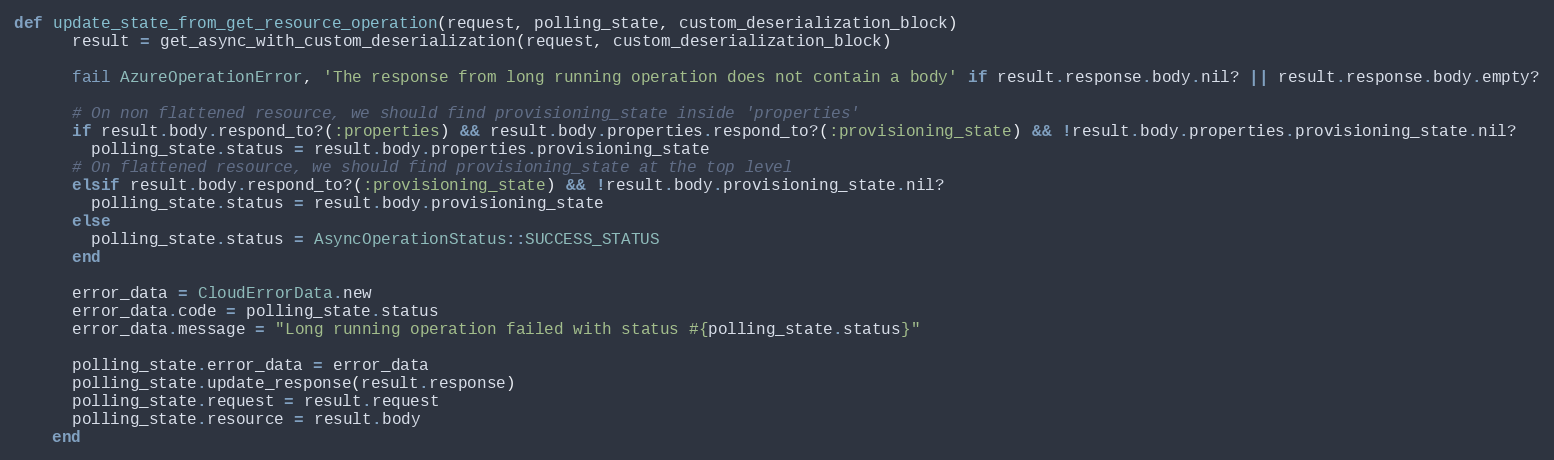
Language: Ruby
def update_state_from_get_resource_operation(request, polling_state, custom_deserialization_block)
      result = get_async_with_custom_deserialization(request, custom_deserialization_block)

      fail AzureOperationError, 'The response from long running operation does not contain a body' if result.response.body.nil? || result.response.body.empty?

      # On non flattened resource, we should find provisioning_state inside 'properties'
      if result.body.respond_to?(:properties) && result.body.properties.respond_to?(:provisioning_state) && !result.body.properties.provisioning_state.nil?
        polling_state.status = result.body.properties.provisioning_state
      # On flattened resource, we should find provisioning_state at the top level
      elsif result.body.respond_to?(:provisioning_state) && !result.body.provisioning_state.nil?
        polling_state.status = result.body.provisioning_state
      else
        polling_state.status = AsyncOperationStatus::SUCCESS_STATUS
      end

      error_data = CloudErrorData.new
      error_data.code = polling_state.status
      error_data.message = "Long running operation failed with status #{polling_state.status}"

      polling_state.error_data = error_data
      polling_state.update_response(result.response)
      polling_state.request = result.request
      polling_state.resource = result.body
    end